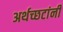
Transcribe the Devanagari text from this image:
अर्थच्‍छटांनी